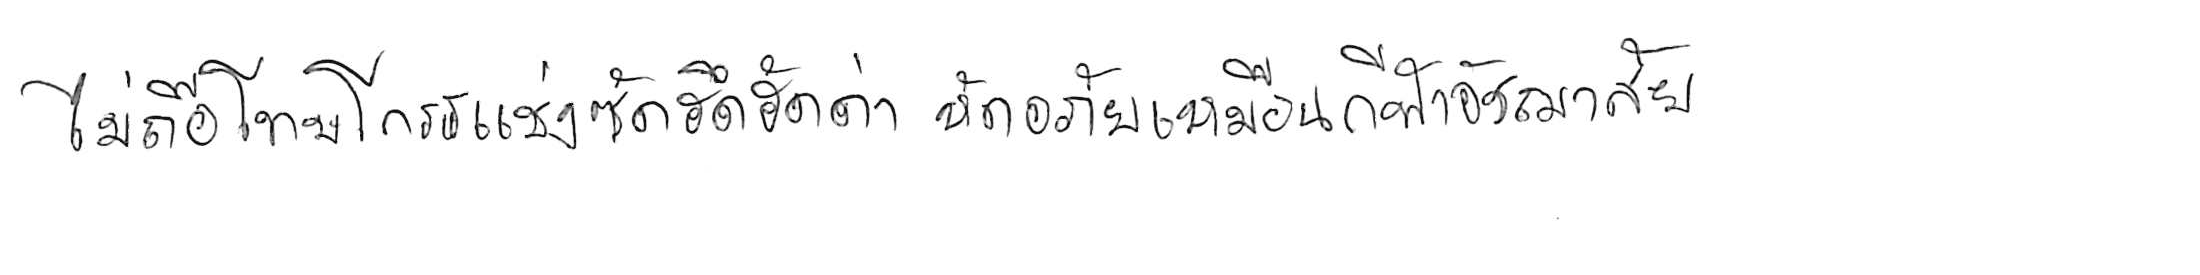
ไม่ถือโทษโกรธแช่งซัดฮึดฮัดด่า หัดอภัยเหมือนกีฬาอัชฌาสัย